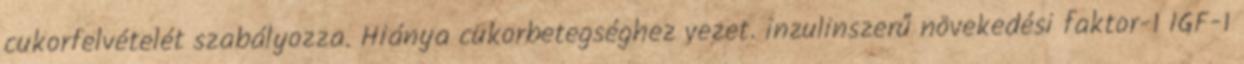
cukorfelvételét szabályozza. Hiánya cukorbetegséghez vezet. inzulinszerű növekedési faktor-1 IGF-1